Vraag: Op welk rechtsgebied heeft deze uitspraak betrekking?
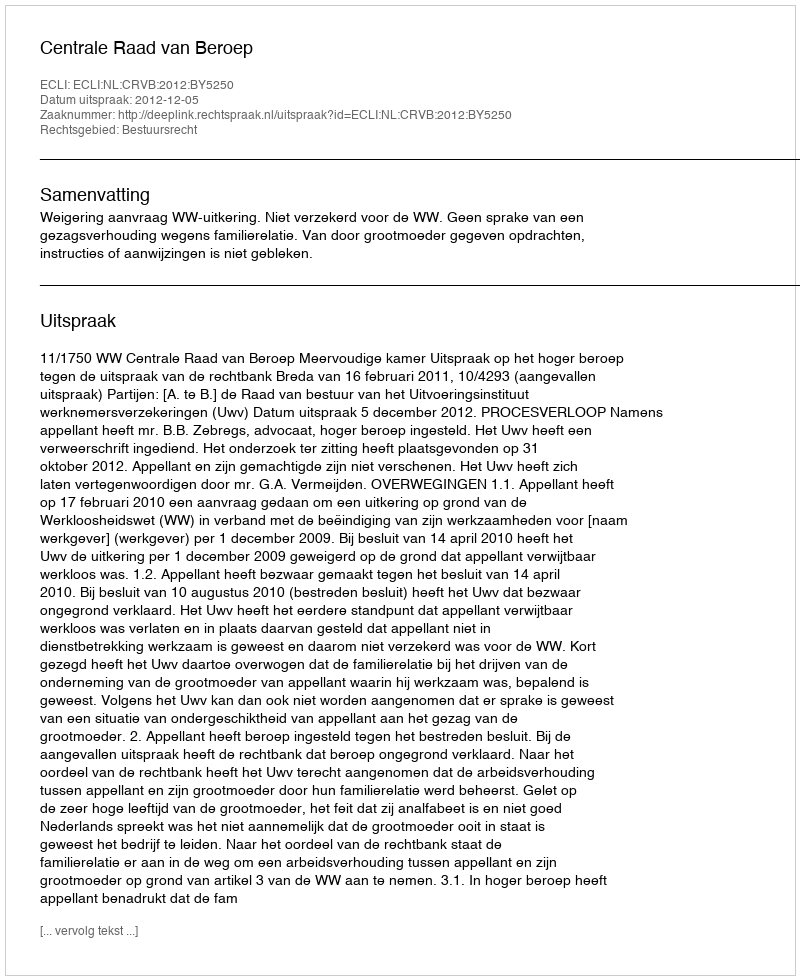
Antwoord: Bestuursrecht